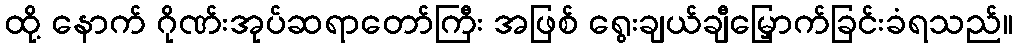
ထို့ နောက် ဂိုဏ်းအုပ်ဆရာတော်ကြီး အဖြစ် ရွေးချယ်ချီမြှောက်ခြင်းခံရသည်။